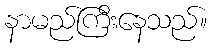
နာမည်ကြီးနေသည်။